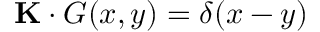
\mathbf { K } \cdot G ( x , y ) = \delta ( x - y )